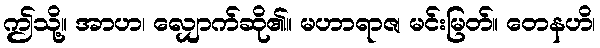
ဤသို့။ အာဟ၊ လျှောက်ဆို၏။ မဟာရာဇ၊ မင်းမြတ်။ တေနဟိ၊